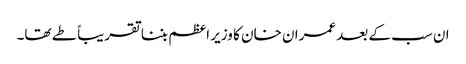
ان سب کے بعد عمران خان کا وزیر اعظم بننا تقریباً طے تھا۔